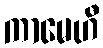
ကာမေဟီ